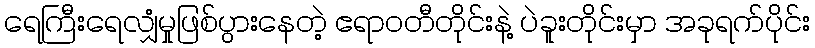
ရေကြီးရေလျှံမှုဖြစ်ပွားနေတဲ့ ဧရာဝတီတိုင်းနဲ့ ပဲခူးတိုင်းမှာ အခုရက်ပိုင်း